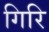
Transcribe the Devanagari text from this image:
गिरि